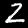
Label: 2